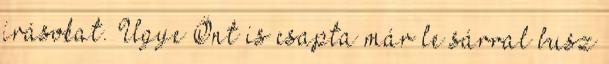
írásokat. Ugye Önt is csapta már le sárral busz